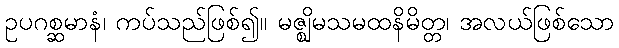
ဥပဂစ္ဆမာနံ၊ ကပ်သည်ဖြစ်၍။ မဇ္ဈိမသမထနိမိတ္တ၊ အလယ်ဖြစ်သော